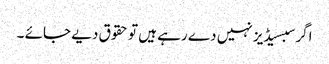
اگر سبسیڈیز نہیں دے رہے ہیں تو حقوق دیے جائے ۔